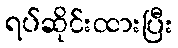
ရပ်ဆိုင်းထားပြီး